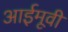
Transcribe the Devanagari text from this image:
आईमूवी